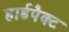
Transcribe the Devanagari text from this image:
हार्डपैक्ट